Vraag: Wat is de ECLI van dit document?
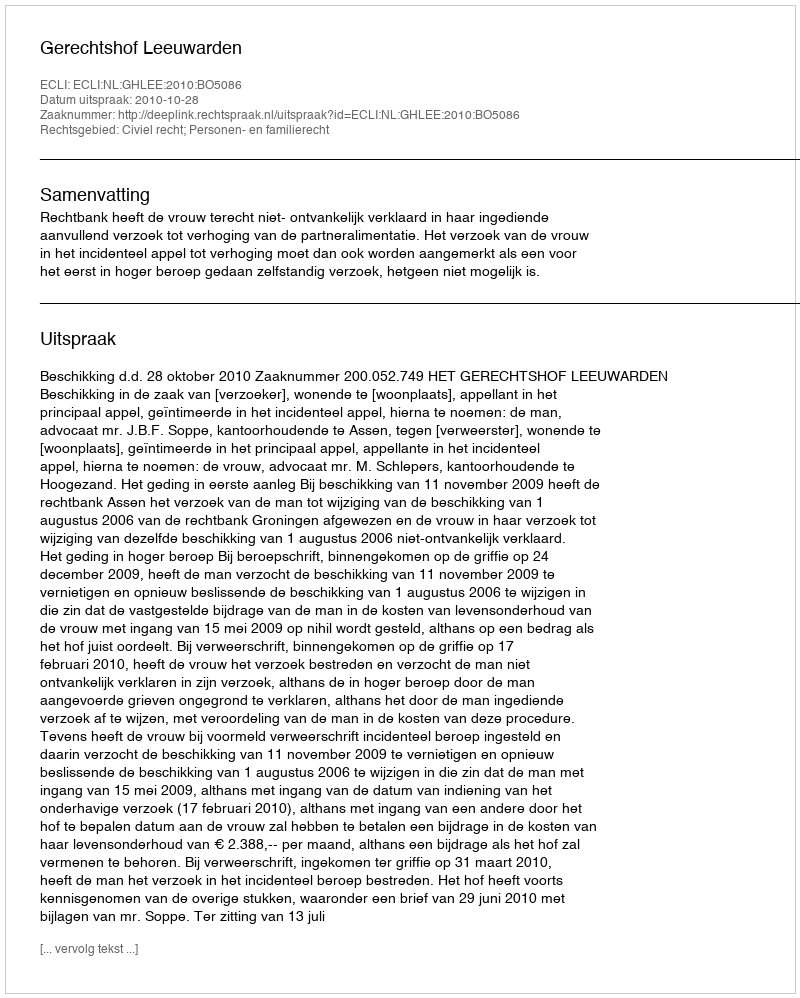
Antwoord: ECLI:NL:GHLEE:2010:BO5086